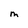
Character: M